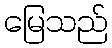
မြေသည်